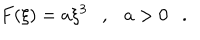
F ( \xi ) = a \xi ^ { 3 } \ \ \ , \ \ \ a > 0 \ \ \ .